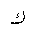
Letter: _kaf